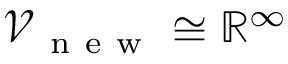
\mathcal { V } _ { \mathrm { ~ n ~ e ~ w ~ } } \cong \mathbb { R } ^ { \infty }